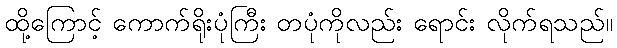
ထို့ကြောင့် ကောက်ရိုးပုံကြီး တပုံကိုလည်း ရောင်း လိုက်ရသည်။